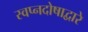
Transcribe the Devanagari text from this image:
स्वप्नदोषाद्वारे